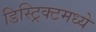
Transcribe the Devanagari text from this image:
डिस्ट्रिक्टमध्ये